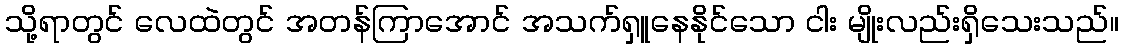
သို့ရာတွင် လေထဲတွင် အတန်ကြာအောင် အသက်ရှူနေနိုင်သော ငါး မျိုးလည်းရှိသေးသည်။